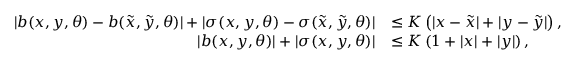
\begin{array} { r l } { | b ( x , y , \theta ) - b ( \tilde { x } , \tilde { y } , \theta ) | + | \sigma ( x , y , \theta ) - \sigma ( \tilde { x } , \tilde { y } , \theta ) | } & { \leq K \left( | x - \tilde { x } | + | y - \tilde { y } | \right) , } \\ { | b ( x , y , \theta ) | + | \sigma ( x , y , \theta ) | } & { \leq K \left( 1 + | x | + | y | \right) , } \end{array}